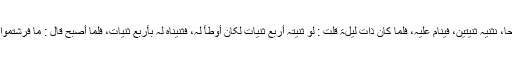
قَالَتْ : مَسْحًا، نَثْنِیْہِ ثَنْیَتَیْنِ، فَیَنَامُ عَلَیْہِ، فَلَمَّا کَانَ ذَاتَ لَیْلَۃٍ قُلْتُ : لَوْ ثَنَیْتُہُ أَرْبَعَ ثَنَیَاتٍ لَکَانَ أَوْطَأَ لَہٗ، فَثَنَیْنَاہٗ لَہٗ بِأَرْبَعٍ ثَنَیَاتٍ، فَلَمَّا أَصْبَحَ قَالَ : مَا فَرَشْتُمُوْا لِيَ الَّلیْلَۃَ؟